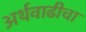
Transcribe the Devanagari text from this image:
अर्थवाढीचा